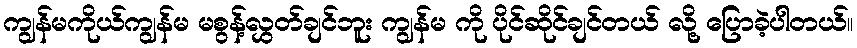
ကျွန်မကိုယ်ကျွန်မ မစွန့်လွှတ်ချင်ဘူး ကျွန်မ ကို ပိုင်ဆိုင်ချင်တယ် လို့ ပြောခဲ့ပါတယ်။